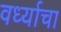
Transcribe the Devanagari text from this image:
वर्ध्याचा